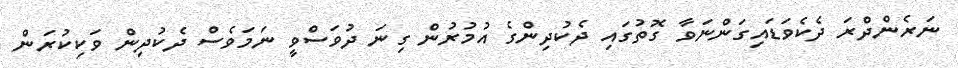
ނަރެންދްރަ ދެކެވަޑައިގަންނަވާ ގޮތުގައި ދެކުދިންގެ އުމުރުން ގިނަ ދުވަސްވީ ނަމަވެސް ދެކުދިން ވަކިކުރަން